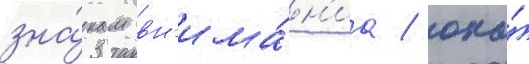
зна́кам вн'има́н'иа / она́